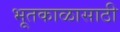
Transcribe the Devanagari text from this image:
भूतकाळासाठी